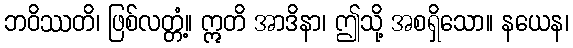
ဘဝိဿတိ၊ ဖြစ်လတ္တံ့။ ဣတိ အာဒိနာ၊ ဤသို့ အစရှိသော။ နယေန၊